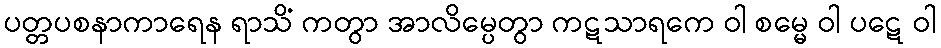
ပတ္တပစနာကာရေန ရာသိံ ကတွာ အာလိမ္ပေတွာ ကဋသာရကေ ဝါ စမ္မေ ဝါ ပဋေ ဝါ